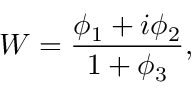
W = \frac { \phi _ { 1 } + i \phi _ { 2 } } { 1 + \phi _ { 3 } } ,